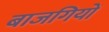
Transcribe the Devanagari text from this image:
बाजगियों